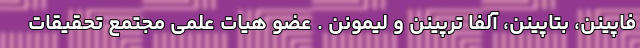
فاپینن، بتاپینن، آلفا ترپینن و لیمونن . عضو هیات علمی مجتمع تحقیقات